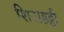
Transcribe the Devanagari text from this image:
शिराहट्टी